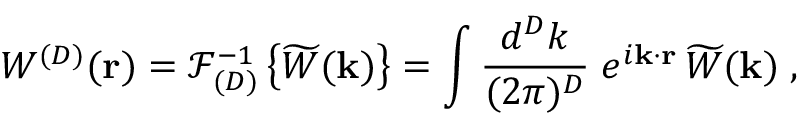
W ^ { ( { D } ) } ( { \bf r } ) = { \mathcal F } _ { ( { D } ) } ^ { - 1 } \left\{ \widetilde { W } ( { \bf k } ) \right\} = \int \frac { d ^ { { D } } k } { ( 2 \pi ) ^ { { D } } } \; e ^ { i { \bf k } \cdot { \bf r } } \, \widetilde { W } ( { \bf k } ) \; ,